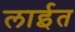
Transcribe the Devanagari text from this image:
लाईत